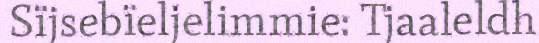
Sïjsebïeljelimmie: Tjaaleldh